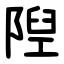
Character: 隉